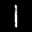
Label: 1